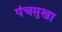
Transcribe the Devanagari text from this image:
पंचमुखा